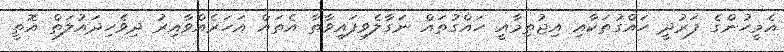
އެމީހުންގެ ފަރުދީ ހައްގުތަކާއި އިޖުތިމާއީ ހައްގުތައް ނަގާލެވިފައިވާތާ އެތައް އަހަރެއްވާއިރު ދިވެހިދައުލަތް އޮތީ